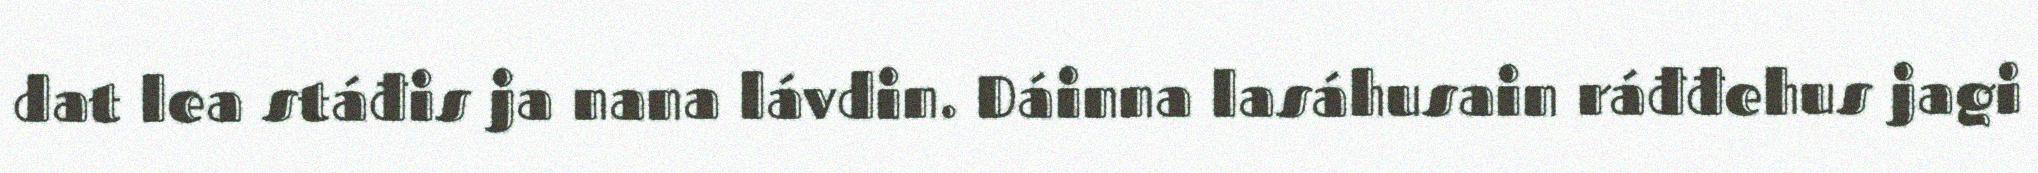
dat lea stáđis ja nana lávdin. Dáinna lasáhusain ráđđehus jagi